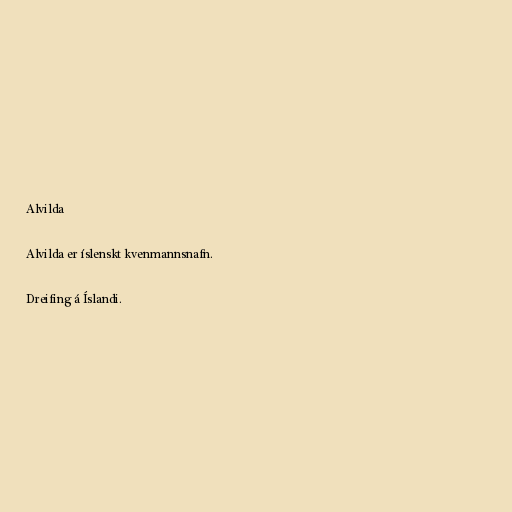
Alvilda

Alvilda er íslenskt kvenmannsnafn.

Dreifing á Íslandi.